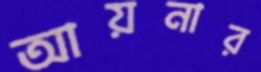
আয়নার